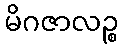
မိဂဇာလဉ္စ